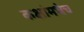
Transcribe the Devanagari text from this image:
कक्षांमधेच